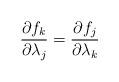
LaTeX: \begin{align*}\frac{\partial f_k}{\partial\lambda_j}=\frac{\partial f_j}{\partial\lambda_k}\end{align*}